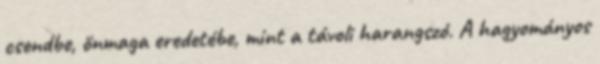
csendbe, önmaga eredetébe, mint a távoli harangszó. A hagyományos